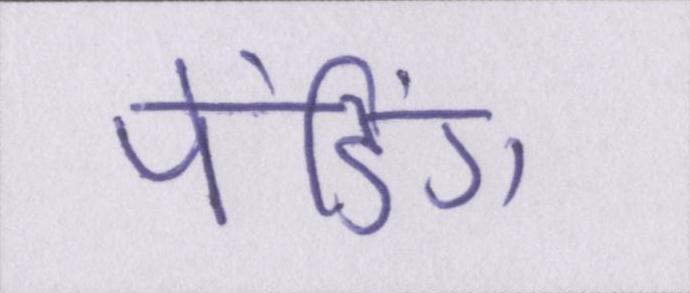
पेंडिंग